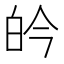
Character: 𮵄